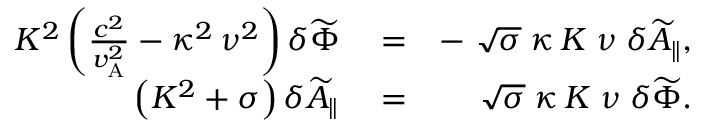
\begin{array} { r l r } { K ^ { 2 } \left( \frac { c ^ { 2 } } { v _ { \mathrm { A } } ^ { 2 } } - \kappa ^ { 2 } \, \nu ^ { 2 } \right) \delta \widetilde { \Phi } } & { { } = } & { - \; \sqrt { \sigma } \; \kappa \, K \; \nu \; \delta \widetilde { A } _ { \| } , } \\ { \left( K ^ { 2 } + \sigma \right) \delta \widetilde { A } _ { \| } } & { { } = } & { \sqrt { \sigma } \; \kappa \, K \; \nu \; \delta \widetilde { \Phi } . } \end{array}